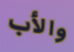
والأب